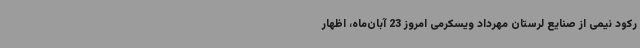
رکود نیمی از صنایع لرستان مهرداد ویسکرمی امروز 23 آبان‌ماه، اظهار